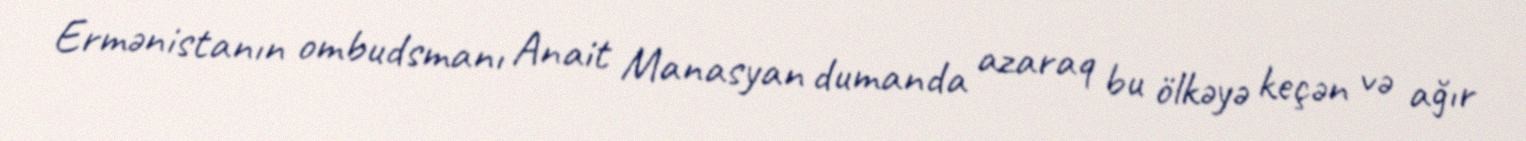
Ermənistanın ombudsmanı Anait Manasyan dumanda azaraq bu ölkəyə keçən və ağır